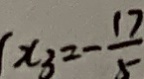
x _ { 3 } = - \frac { 1 7 } { 5 }